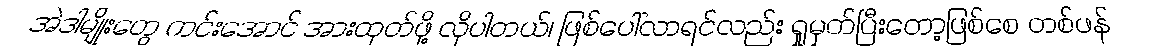
အဲဒါမျိုးတွေ ကင်းအောင် အားထုတ်ဖို့ လိုပါတယ်၊ ဖြစ်ပေါ်လာရင်လည်း ရှုမှတ်ပြီးတော့ဖြစ်စေ တစ်ဖန်